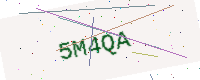
Text: 5M4QA